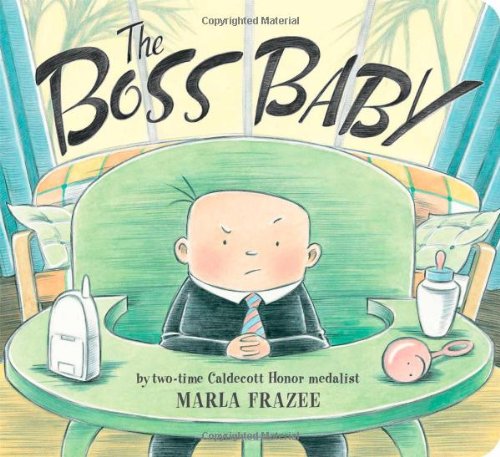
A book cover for The Boss Baby (Classic Board Books); Marla Frazee; Children's Books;